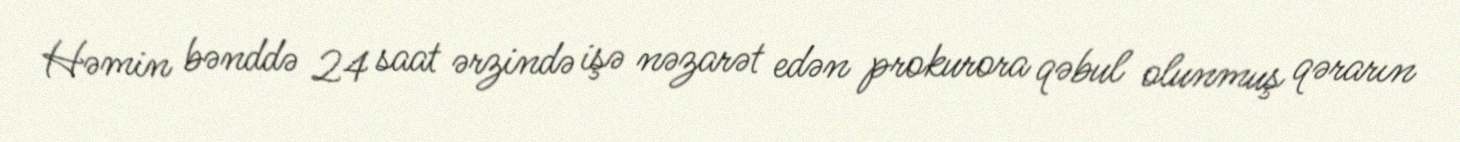
Həmin bənddə 24 saat ərzində işə nəzarət edən prokurora qəbul olunmuş qərarın